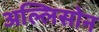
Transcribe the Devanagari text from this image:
अल्लिसोन